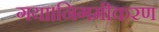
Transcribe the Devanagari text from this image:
गया।निगमीकरण